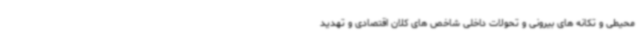
محیطی و تکانه های بیرونی و تحولات داخلی شاخص های کلان اقتصادی و تهدید